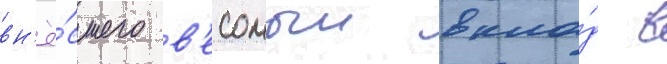
вн'ё́сшего в'есомыи вкла́д в